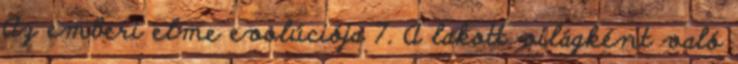
Az emberi elme evolúciója 7. A lakott világként való